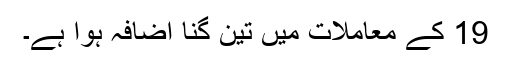
19 کے معاملات میں تین گنا اضافہ ہوا ہے۔